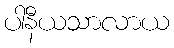
ပါနီယသာလာယ